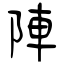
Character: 陣